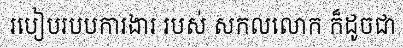
របៀបរបបការងារ របស់ សកលលោក ក៏ដូចជា